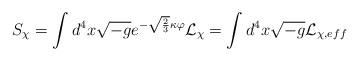
LaTeX: \begin{align*}S_\chi =\int d^4x\sqrt{-g}e^{-\sqrt{\frac 23}\kappa \varphi }{\cal L}_\chi=\int d^4x\sqrt{-g}{\cal L}_{\chi ,eff} \end{align*}